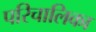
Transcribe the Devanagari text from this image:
परिचालिका